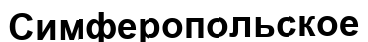
Симферопольское